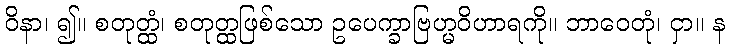
ဝိနာ၊ ၍။ စတုတ္ထံ၊ စတုတ္ထဖြစ်သော ဥပေက္ခာဗြဟ္မဝိဟာရကို။ ဘာဝေတုံ၊ ငှာ။ န